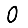
Digit: 0